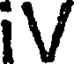
iV